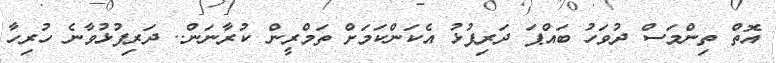
އޮތް ތިންމަސް ދުވަހު ބައްޕަ ދަރިފުޅު އެކަންކަމަށް ތަމްރީން ކުރާނަން.. ދަރިފުޅުވާނެ ހުރިހާ